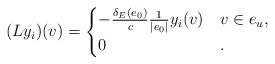
LaTeX: \begin{align*} (Ly_i)(v) &=\begin{cases} -\frac{\delta_E(e_0)}{c}\frac{1}{|e_0|}y_i(v) & v \in e_u,\\ 0&. \end{cases}\end{align*}